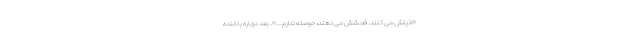
«اذیتش می کنند. فحشش می دهند، حوصله ندارم...». بعد دوباره با خنده